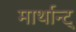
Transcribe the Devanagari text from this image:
मार्थान्ट्